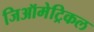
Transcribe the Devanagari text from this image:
जिऑमेट्रिकल